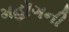
મહૉગની